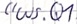
Text: "WS.Q1